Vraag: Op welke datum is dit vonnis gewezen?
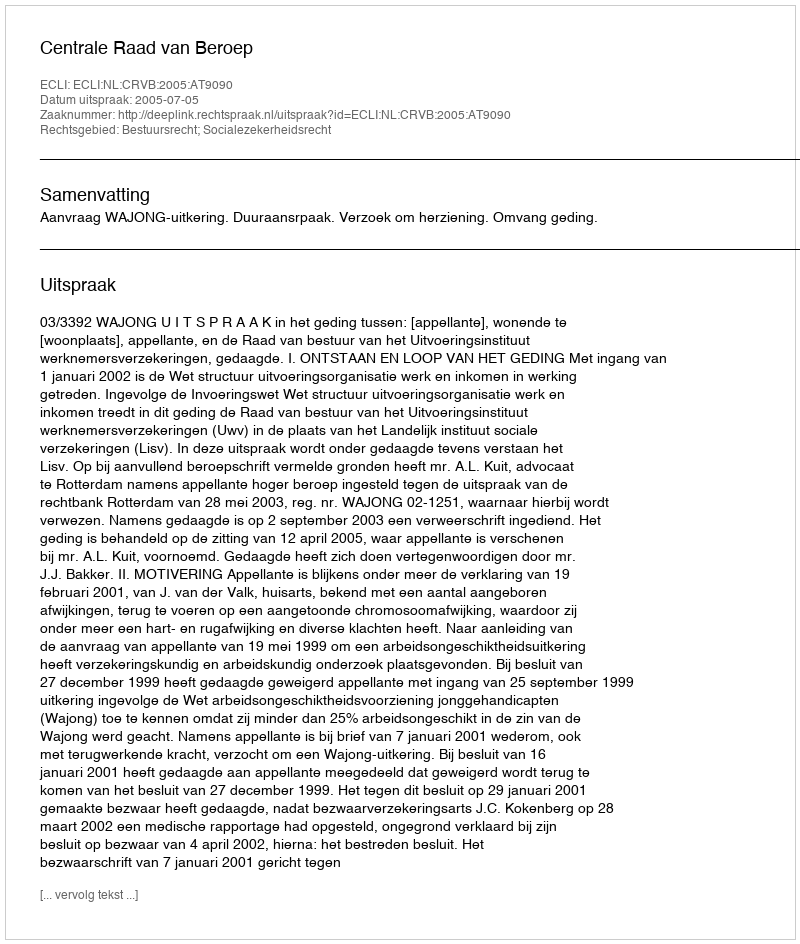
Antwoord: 2005-07-05